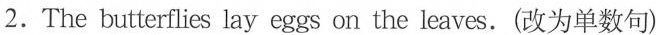
2.The butterflies lay eggs on the leaves.(改为单数句)